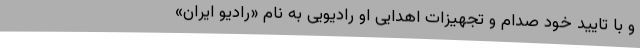
و با تایید خود صدام و تجهیزات اهدایی او رادیویی به نام «رادیو ایران»